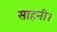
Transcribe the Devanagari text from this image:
साहनी।